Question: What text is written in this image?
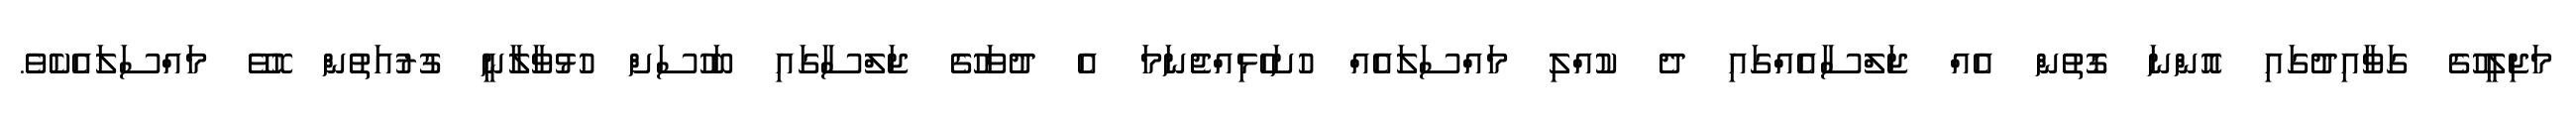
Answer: މަޖިލީހުގެ ގަވާއިދުގައި އޮންނަ ގޮތުން އެއް ޖަލްސާއެއްގައި ދެ ކުއްލި މައްސަލައެއް ހުށަހެޅިއްޖެނަމަ އެ ދުވަހުގެ ޖަލްސާގައި ބަހުސަށް ހުޅުވާލާނީ ގުރުއަތުން ހޮވޭ މައްސަލައެކެވެ.